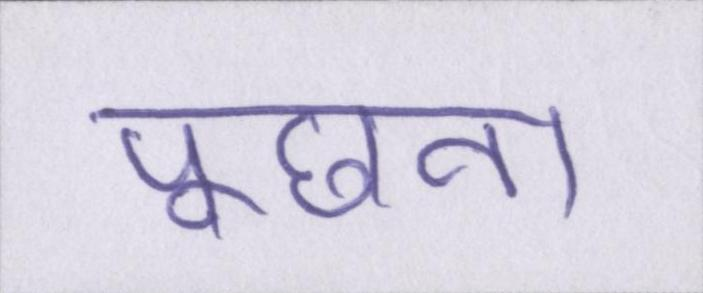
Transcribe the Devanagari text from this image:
पूछना